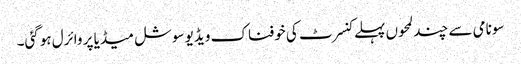
سونامی سے چند لمحوں پہلے کنسرٹ کی خوفناک ویڈیو سوشل میڈیا پر وائرل ہوگئی۔